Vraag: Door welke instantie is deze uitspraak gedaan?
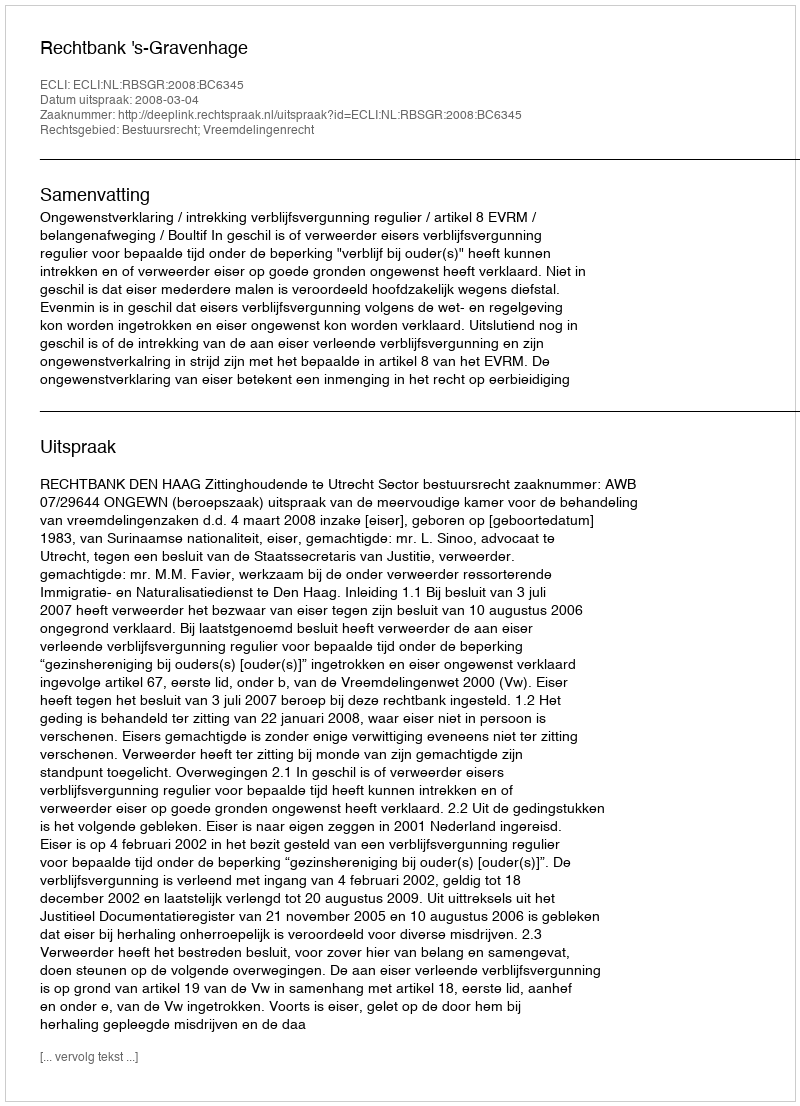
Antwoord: Rechtbank 's-Gravenhage